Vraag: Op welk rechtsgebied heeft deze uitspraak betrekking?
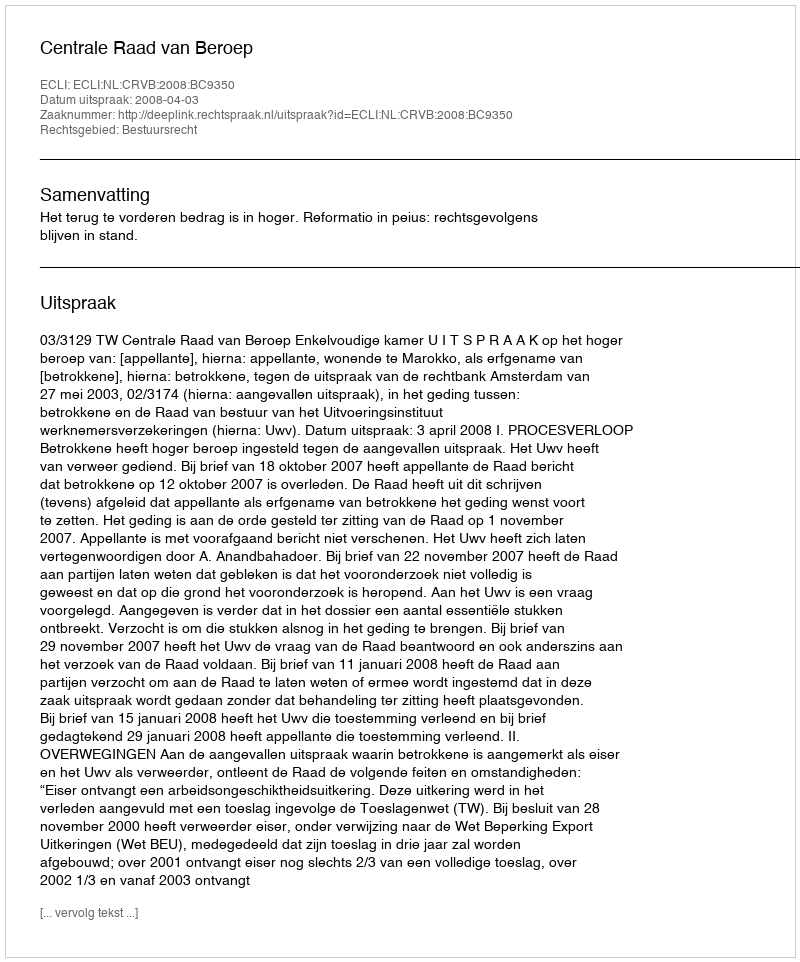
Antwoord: Bestuursrecht